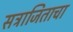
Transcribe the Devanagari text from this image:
सत्राजिताचा